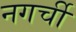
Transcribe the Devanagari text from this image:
नगर्ची